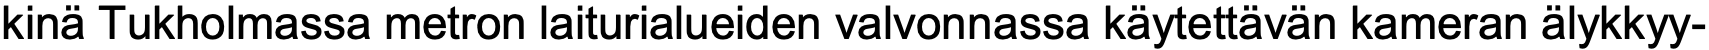
kinä Tukholmassa metron laiturialueiden valvonnassa käytettävän kameran älykkyy-